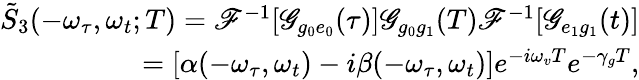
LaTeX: \begin{array}{r}{\tilde{S}_{3}(-\omega_{\tau},\omega_{t};T)=\mathscr{F}^{-1}[\mathscr{G}_{g_{0}e_{0}}(\tau)]\mathscr{G}_{g_{0}g_{1}}(T)\mathscr{F}^{-1}[\mathscr{G}_{e_{1}g_{1}}(t)]}\\ {=[\alpha(-\omega_{\tau},\omega_{t})-i\beta(-\omega_{\tau},\omega_{t})]e^{-i\omega_{v}T}e^{-\gamma_{g}T},}\end{array}